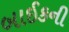
બાઈકની